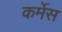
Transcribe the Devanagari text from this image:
कर्मेस